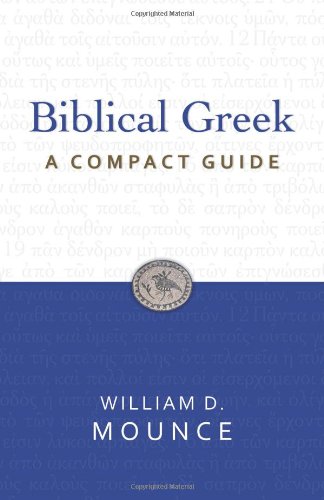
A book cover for Biblical Greek: A Compact Guide; William D. Mounce; Christian Books & Bibles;